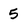
Character: 5